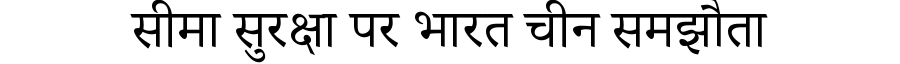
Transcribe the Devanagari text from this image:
सीमा सुरक्षा पर भारत चीन समझौता